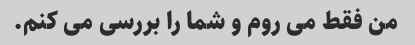
من فقط می روم و شما را بررسی می کنم.